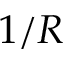
1 / R